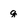
Character: g